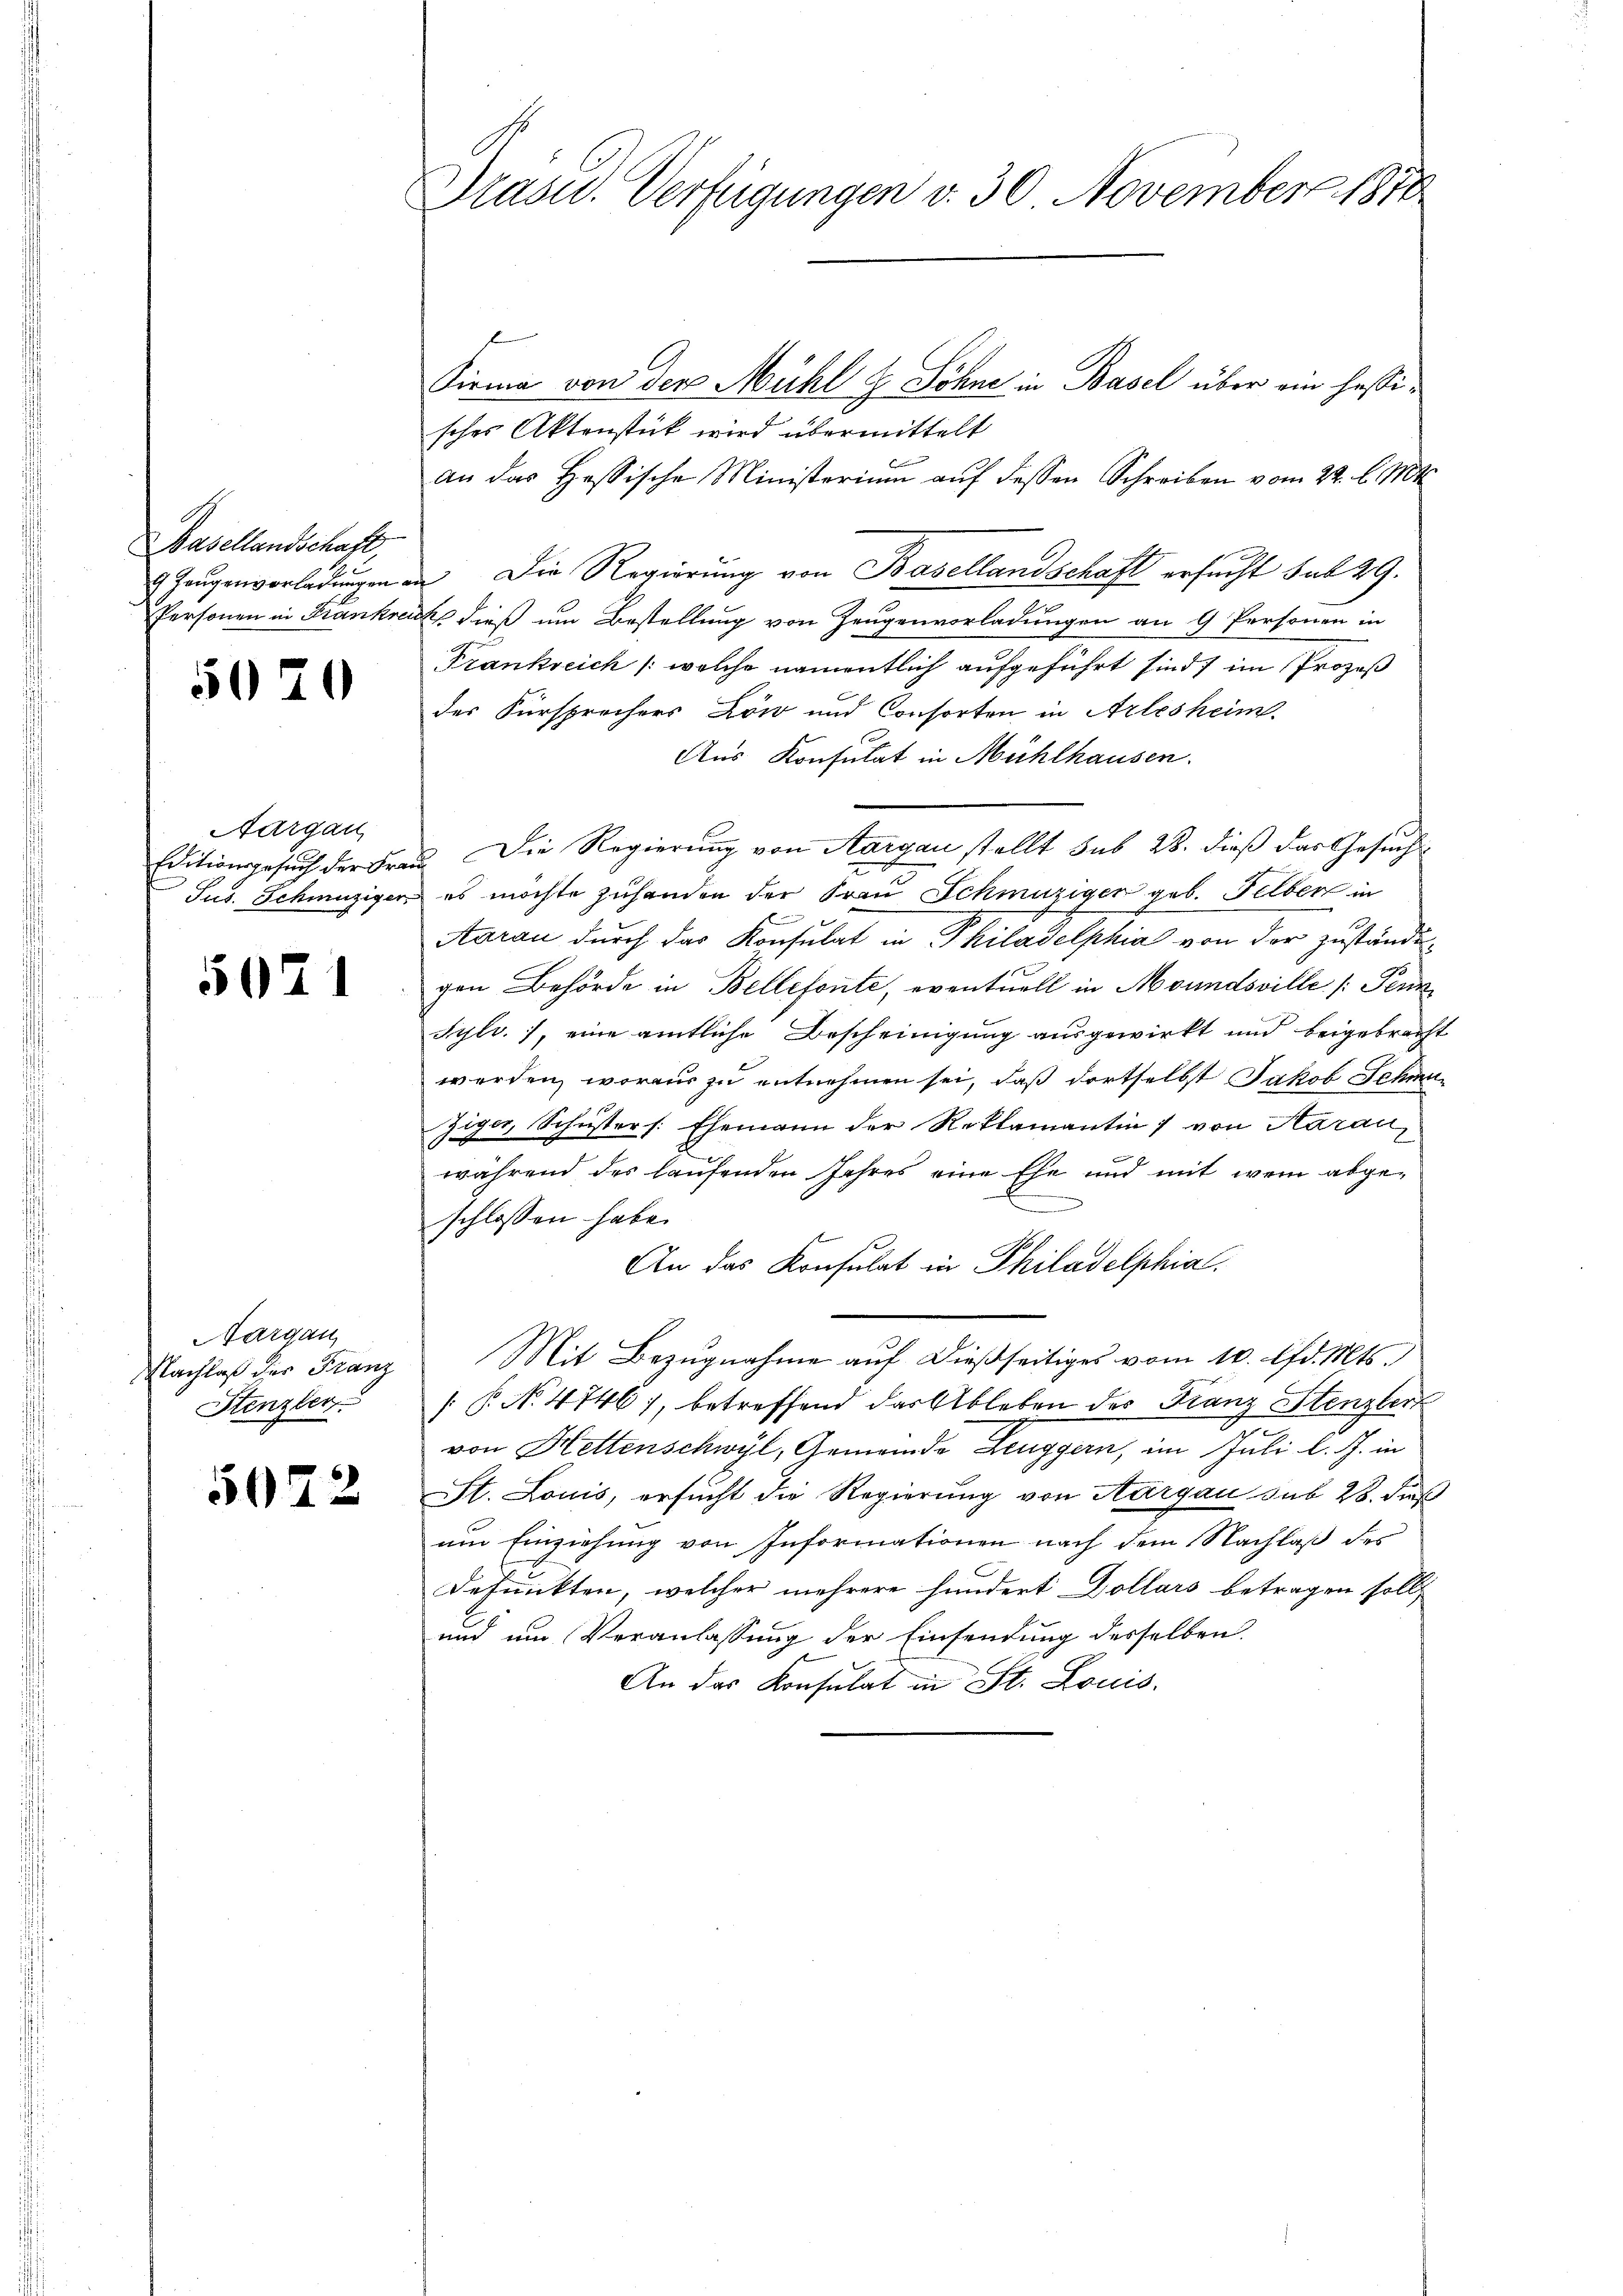
Basellandschaft,
9 Zaugenvorladungen
Personen in Frankrei

5070

Aargau
Editionsgesuch der Fra¬
Jus. Schinziger

5021

Aargau,
Nachlaß der Franz
Stenzler

5072

rase. Verfügungen v. 30 November 1870

Firma von der Mühl & Söhne in Basel über am hessisches Aktenstück wird übermittelt
6
an das Hassische Ministerium auf dessen Schreiben vom 22. l. Mt
 Die Regierung von Basellandschaft ersucht sub 29.
2 dieß um Bestellung von Zeugenvorladungen an 9 Personen in
Frankreich /: welche namentlich aufgeführt sind, im Prozeß
des Fürsprochers Löw und Consorten in Arlesheim.
Aus Konsulat in Mühlhausen.
 Die Regierung von Aargau stellt sub 28. dieß das Gesuch
es möchte zuhanden der Frau Schmutziger geb. Felben in
Aarau durch das Konsulat in Philadelphia von der zuständigen Behörde in Belletonte, eventuell in Moundsville [Penn
Sylr.), eine amtliche Bescheinigung ausgewirkt und beigebracht
werden, woraus zu entnehmen sei, daß dortselbst Jakob Schme
Ziger, Schusters: Ehemann der Reklamantin von Aarau
während des laufenden Jahres eine Ehe und mit wem abgee
schlossen habe.
An das Konsulat in Philadelphia
Mit Bezugnahme auf dießseitiges vom 10. lfd. Mts.
[ P. No. 4746), betreffend das Ableben des Franz Stenzber
d
von Hettenschwyl, Gemeinde Leuggern, im Juli l. J. in
St. Louis, ersucht die Regierung von Aargau sub 28. dieß
um Einziehung von Informationen nach dem Nachlaß des
defunkten, welcher mehrere hundert Dollars betragen soll,
und um Veranlassung der Einsendung desselben
An das Konsulat in St. Louis